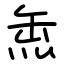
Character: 缹